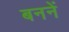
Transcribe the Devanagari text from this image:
बननें